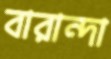
বারান্দা